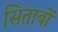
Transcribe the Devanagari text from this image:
सिताबों